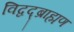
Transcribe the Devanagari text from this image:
विद्वद्ब्राह्मण